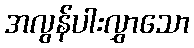
အလွန်ပါးလွှာသော